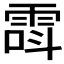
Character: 𲉸